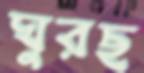
ঘুরছ